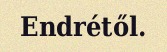
Endrétől.